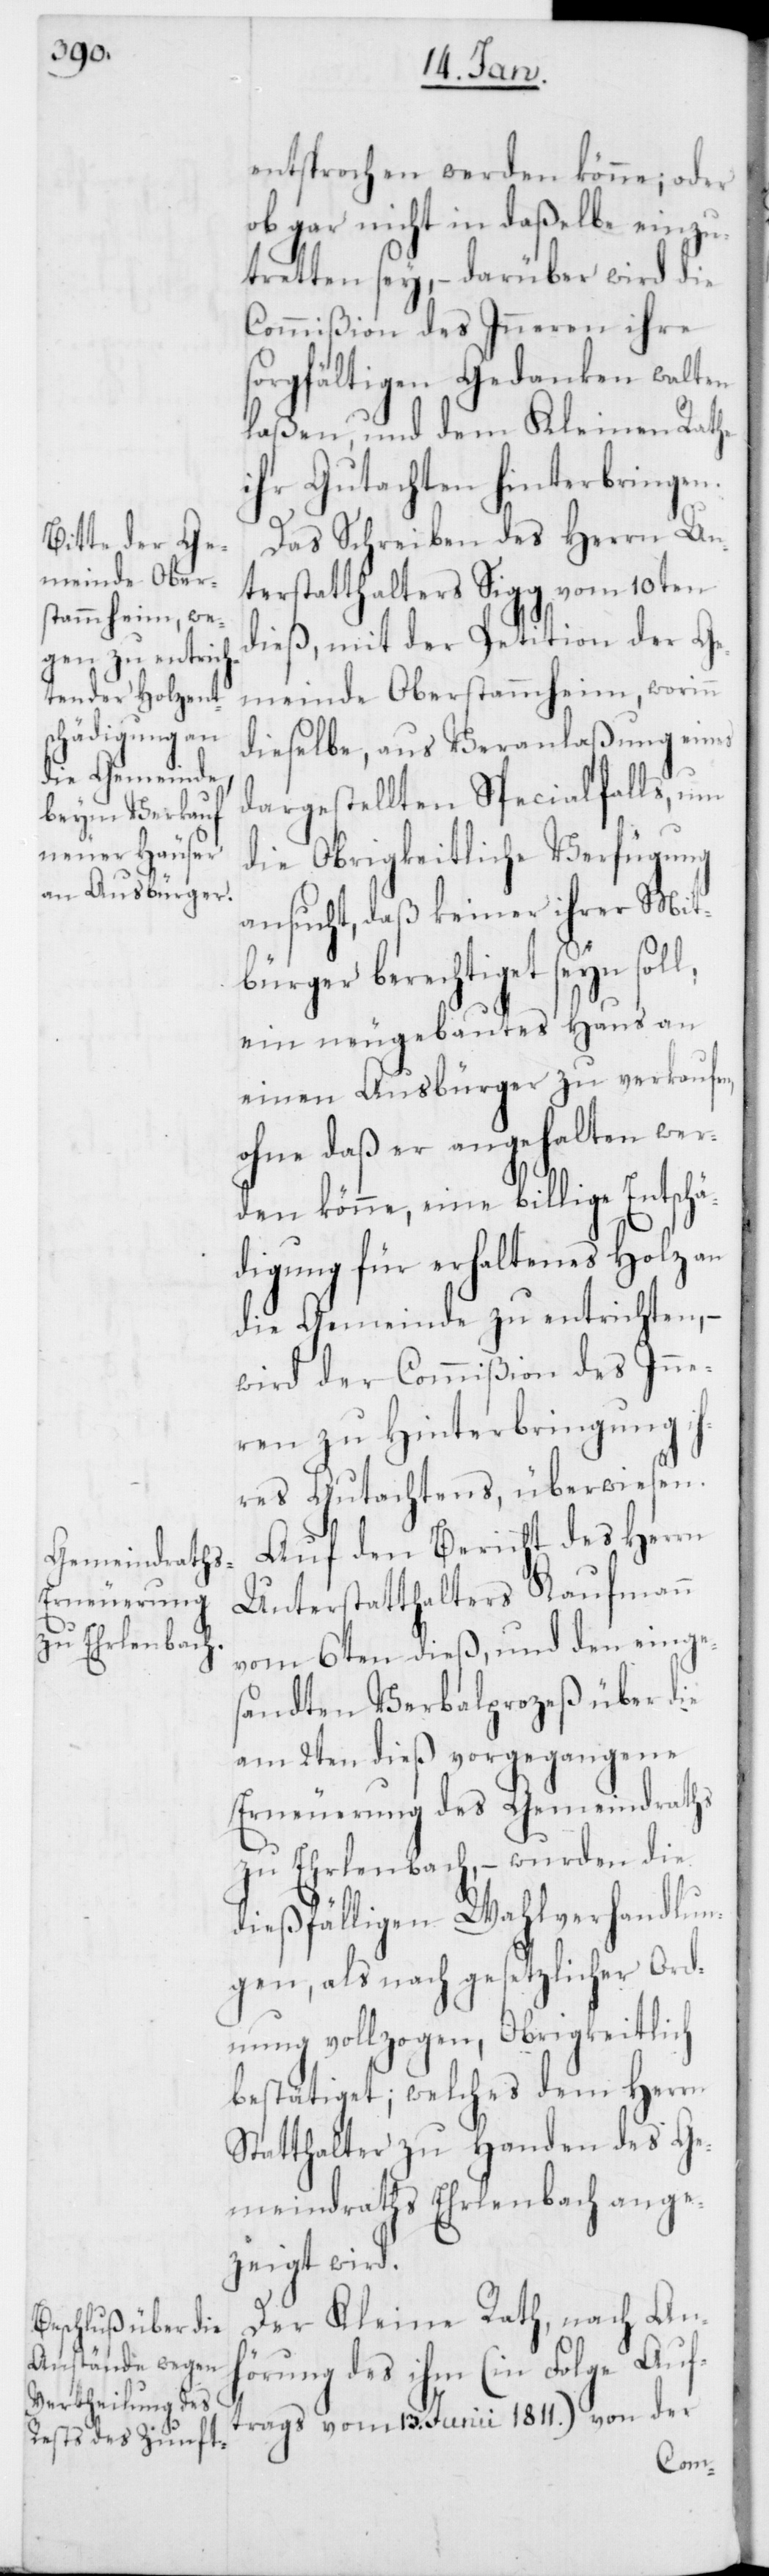
entsprochen werden könne; oder
ob gar nicht in daßelbe einzu¬
tretten sey, – darüber wird die
Commißion des Inneren ihre
sorgfältigen Gedanken walten
laßen, und dem Kleinen Rathe
ihr Gutachten hinterbringen.
Das Schreiben des Herrn Un¬
terstatthalters Sigg vom 10ten
dieß, mit der Petition der Ge¬
meinde Oberstammheim, worinn
dieselbe, aus Veranlaßung eines
dargestellten Specialfalls, um
die Obrigkeitliche Verfügung
ansucht, daß keiner ihrer Mit¬
bürger berechtiget seyn sol¬
ein neugebautes Haus an
einen Ausbürger zu verkaufen,
ohne daß er angehalten wer¬
den könne, eine billige Entschä¬
digung für erhaltenes Holz an
die Gemeinde zu entrichten, –
wird der Commißion des Inne¬
ren zu Hinterbringung ih¬
res Gutachtens überwiesen.
Auf den Bericht des Herrn
Unterstatthalters Kaufmann
vom 6ten dieß, und den einges¬
andten Verbalprozeß über die
am 2ten dieß vorgegangene
Erneuerung des Gemeindraths
zu Erlenbach, – wurden die
dießfälligen Wahlverhandlun¬
gen, als nach gesetzlicher Ord¬
nung vollzogen, Obrigkeitlich
bestätiget; welches dem Herrn
Statthalter zu Handen des Ge¬
meindraths Erlenbach ange¬
zeigt wird.
Der Kleine Rath, nach Anh¬
örung des ihm (in Folge Auf¬
trags vom 13. Junii 1811.) von der
l,